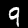
Digit: 9